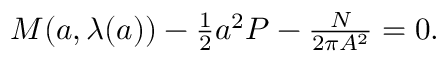
\begin{array} { r } { M ( { a } , \lambda ( { a } ) ) - \frac { 1 } { 2 } { a } ^ { 2 } P - \frac { N } { 2 \pi A ^ { 2 } } = 0 . } \end{array}